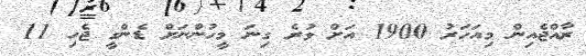
ރާއްޖެއިން މިއަހަރު 1900 އަށް ވުރެ ގިނަ މީހުންނަށް ޑެންގީ ޖެހި 11